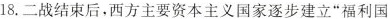
18. 二战结束后，西方主要资本主义国家逐步建立“福利国